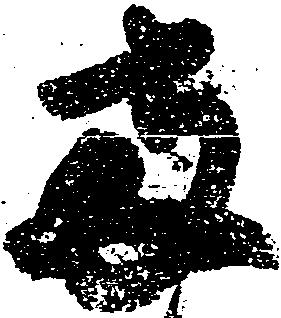
両